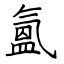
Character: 氳